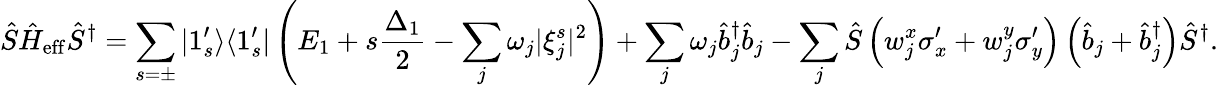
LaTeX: \hat{S}\hat{H}_{\mathrm{eff}}\hat{S}^{\dagger}=\sum_{s=\pm}|1_{s}^{\prime}\rangle\langle 1_{s}^{\prime}|\left(E_{1}+s\frac{\Delta_{1}}{2}-\sum_{j}\omega_{j}|\xi_{j}^{s}|^{2}\right)+\sum_{j}\omega_{j}\hat{b}_{j}^{\dagger}\hat{b}_{j}-\sum_{j}\hat{S}\left(w_{j}^{x}\sigma_{x}^{\prime}+w_{j}^{y}\sigma_{y}^{\prime}\right)\left(\hat{b}_{j}+\hat{b}_{j}^{\dagger}\right)\hat{S}^{\dagger}.